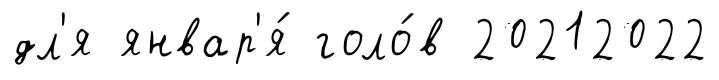
дл'я январ'я́ голо́в 20212022